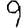
Digit: 9